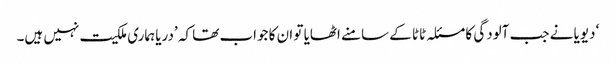
‘ دیویا نے جب آلودگی کا مسئلہ ٹاٹا کے سامنے اٹھایا تو ان کا جواب تھا کہ ’دریا ہماری ملکیت نہیں ہیں۔